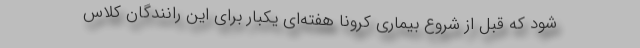
شود که قبل از شروع بیماری کرونا هفته‌ای یکبار برای این رانندگان کلاس